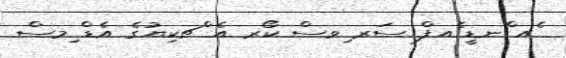
ެއ ްނޑީ ެއފް ސަރ ިވސް ކޯރ އެ ްޗކިޔުގެ އެޑް ިމސް